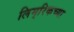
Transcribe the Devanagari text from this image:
लिम्‌रिकच्या